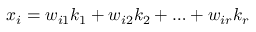
x _ { i } = w _ { i 1 } k _ { 1 } + w _ { i 2 } k _ { 2 } + \ldots + w _ { i r } k _ { r }